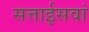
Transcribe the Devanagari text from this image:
सत्ताईसवां